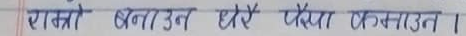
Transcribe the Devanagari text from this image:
राख्ने बनाउन घैरै पैखका गमाउन।